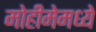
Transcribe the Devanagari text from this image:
मोहीमेमध्ये